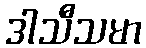
ဒါသီသမာ